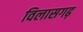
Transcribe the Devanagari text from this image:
विलासगढ़